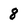
Character: 8